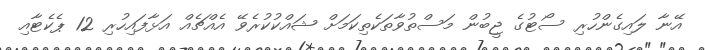
އޭނާ ލައިގެންހުރި ސޯޓުގެ ޖީބުން މަސްތުވާތަކެތިކަމަށް ޝައްކުކުރެވޭ އެއްޗެއް އަޅާފައިހުރި 12 ޕެކެޓާއި